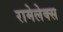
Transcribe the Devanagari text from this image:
रामेलेक्स